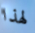
لهذا